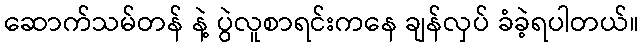
ဆောက်သမ်တန် နဲ့ ပွဲလူစာရင်းကနေ ချန်လှပ် ခံခဲ့ရပါတယ်။